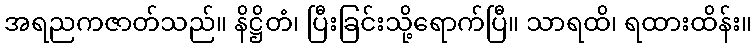
အရညကဇာတ်သည်။ နိဋ္ဌိတံ၊ ပြီးခြင်းသို့ရောက်ပြီ။ သာရထိ၊ ရထားထိန်း။